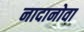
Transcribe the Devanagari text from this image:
नादानोवा